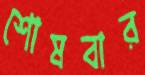
শোষবার